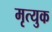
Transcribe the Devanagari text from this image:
मृत्युक